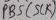
Text: PB5 (SCK)